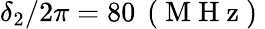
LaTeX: \delta_{2}/2\pi=80\, \mathrm{~(~M~H~z~)~}